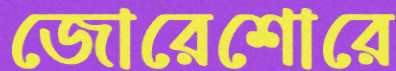
জোরেশোরে